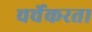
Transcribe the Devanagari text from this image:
चर्चेकरता